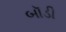
બૉડી